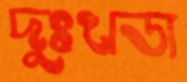
দুঃখডা